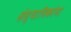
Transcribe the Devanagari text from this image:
संस्थानिकांना